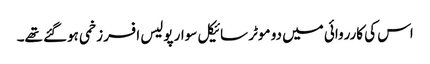
اس کی کارروائی میں دو موٹر سائیکل سوار پولیس افسر زخمی ہوگئے تھے۔